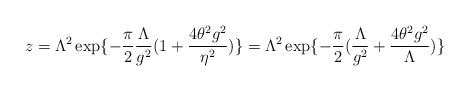
\begin{align*}z=\Lambda^2\exp\{-\frac{\pi}{2}\frac{\Lambda}{g^2}(1+\frac{4\theta^2 g^2}{\eta^2})\}=\Lambda^2\exp\{-\frac{\pi}{2}(\frac{\Lambda}{g^2}+\frac{4\theta^2 g^2}{\Lambda})\}\end{align*}